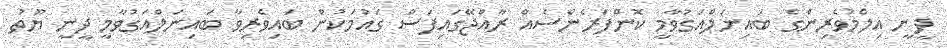
ދީނީ އިލްމުވެރިންގެ ބައިނަލްއަގުވާމީ ކޮންފަރެންސެއް ރާއްޖޭގައިފަސް ގައުމަކުން ބައިވެރިވާ ބައިނަލްއަގުވާމީ ދީނީ ޔޫތު